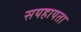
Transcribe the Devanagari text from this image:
सयहायता